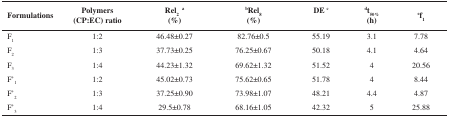
<table><thead><tr><td><b>Formulations</b></td><td><b>Polymers(CP:EC)ratio</b></td><td><b>Rel<sub>2 </sub><sup>a</sup>(%)</b></td><td><b><sup>b</sup>Rel<sub>8</sub>(%)</b></td><td><b>DE<sup>c</sup></b></td><td><b><sup>d</sup>t<sub>50%</sub>(h)</b></td><td><b><sup>e</sup>f<sub>1</sub></b></td></tr></thead><tbody><tr><td>F<sub>1</sub></td><td>1:2</td><td>46.48±0.27</td><td>82.76±0.5</td><td>55.19</td><td>3.1</td><td>7.78</td></tr><tr><td>F<sub>2</sub></td><td>1:3</td><td>37.73±0.25</td><td>76.25±0.67</td><td>50.18</td><td>4.1</td><td>4.64</td></tr><tr><td>F<sub>3</sub></td><td>1:4</td><td>44.23±1.32</td><td>69.62±1.32</td><td>51.52</td><td>4</td><td>20.56</td></tr><tr><td>F’<sub>1</sub></td><td>1:2</td><td>45.02±0.73</td><td>75.62±0.65</td><td>51.78</td><td>4</td><td>8.44</td></tr><tr><td>F’<sub>2</sub></td><td>1:3</td><td>37.25±0.90</td><td>73.98±1.07</td><td>48.21</td><td>4.4</td><td>4.87</td></tr><tr><td>F’<sub>3</sub></td><td>1:4</td><td>29.5±0.78</td><td>68.16±1.05</td><td>42.32</td><td>5</td><td>25.88</td></tr></tbody></table>